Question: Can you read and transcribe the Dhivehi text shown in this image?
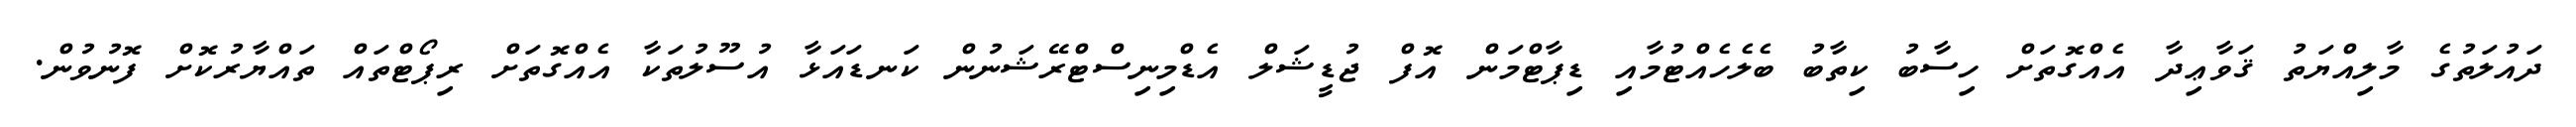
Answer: ދައުލަތުގެ މާލިއްޔަތު ޤަވާޢިދާ އެއްގޮތަށް ހިސާބު ކިތާބު ބެލެހެއްޓުމާއި ޑިޕާޓްމަން އޮފް ޖުޑީޝަލް އެޑްމިނިސްޓްރޭޝަނުން ކަނޑައަޅާ އުސޫލުތަކާ އެއްގޮތަށް ރިޕޯޓްތައް ތައްޔާރުކޮށް ފޮނުވުން.